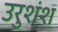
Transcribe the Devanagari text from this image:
उरुशंश